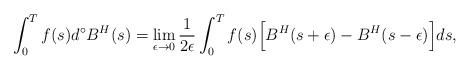
LaTeX: \begin{align*} \int^{T}_{0} f(s) d^{\circ}B^H(s) = \displaystyle \lim_{\epsilon \rightarrow 0} \frac{1}{2 \epsilon } \int^{T}_{0} f(s) \Big[ B^H(s+ \epsilon ) - B^H(s- \epsilon) \Big] ds,\end{align*}